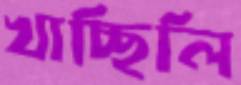
খাচ্ছিলি